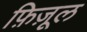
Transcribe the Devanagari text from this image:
फ़िज़ूल